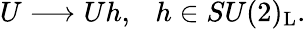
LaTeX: U\longrightarrow Uh,~~~h\in SU(2)_{\mathrm{L}}.